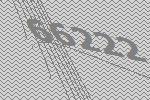
66222